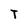
Character: T